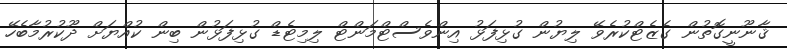
ޤާނޫނީގޮތުން ގެޒެޓްކުރެވޭ ލިޔުން ގުޅިފަޅު އިންވެސްޓްމަންޓް ލިމިޓެޑް ގުޅިފަޅުން ބިން ކުއްޔަށް ދޫކުރުމާބެހޭ